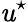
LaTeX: \mathit{u}^{\star}